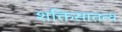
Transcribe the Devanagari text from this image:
शक्तिसातत्य